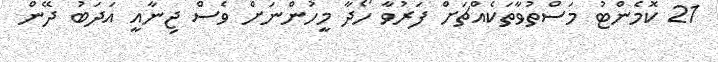
21 ކޮމެންޓު މަސްތުވާތަކެއްޗަށް ފަރުވާ ހޯދާ މީހުންނަށް ވެސް ޖިނާއީ އަދަބު ދޭން